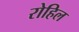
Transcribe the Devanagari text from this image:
रोहिल